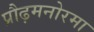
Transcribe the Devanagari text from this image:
प्रौढ़मनोरमा